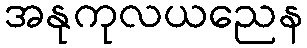
အနုကုလယညေန